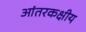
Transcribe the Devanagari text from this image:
आंतरकक्षीय